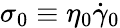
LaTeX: \sigma_{0}\equiv\eta_{0}\dot{\gamma}_{0}